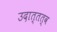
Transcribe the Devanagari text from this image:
उदात्तत्व